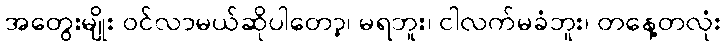
အတွေးမျိုး ဝင်လာမယ်ဆိုပါတော့၊ မရဘူး၊ ငါလက်မခံဘူး၊ တနေ့တလုံး